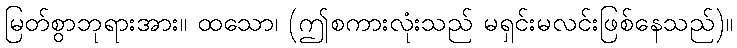
မြတ်စွာဘုရားအား။ ထသော၊ (ဤစကားလုံးသည် မရှင်းမလင်းဖြစ်နေသည်)။